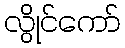
လွိုင်ကော်